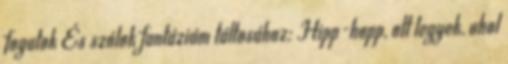
fogatok És szólok fantáziám táltosához: Hipp-hopp, ott legyek, ahol